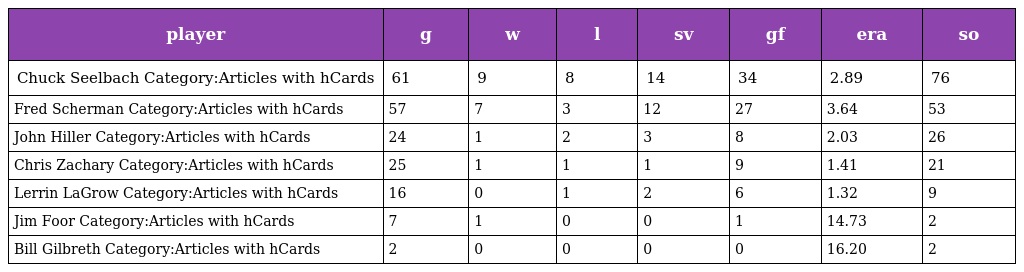
| player | g | w | l | sv | gf | era | so |
 | --- | --- | --- | --- | --- | --- | --- | --- |
 | Chuck Seelbach Category:Articles with hCards | 61 | 9 | 8 | 14 | 34 | 2.89 | 76 |
 | Fred Scherman Category:Articles with hCards | 57 | 7 | 3 | 12 | 27 | 3.64 | 53 |
 | John Hiller Category:Articles with hCards | 24 | 1 | 2 | 3 | 8 | 2.03 | 26 |
 | Chris Zachary Category:Articles with hCards | 25 | 1 | 1 | 1 | 9 | 1.41 | 21 |
 | Lerrin LaGrow Category:Articles with hCards | 16 | 0 | 1 | 2 | 6 | 1.32 | 9 |
 | Jim Foor Category:Articles with hCards | 7 | 1 | 0 | 0 | 1 | 14.73 | 2 |
 | Bill Gilbreth Category:Articles with hCards | 2 | 0 | 0 | 0 | 0 | 16.20 | 2 |